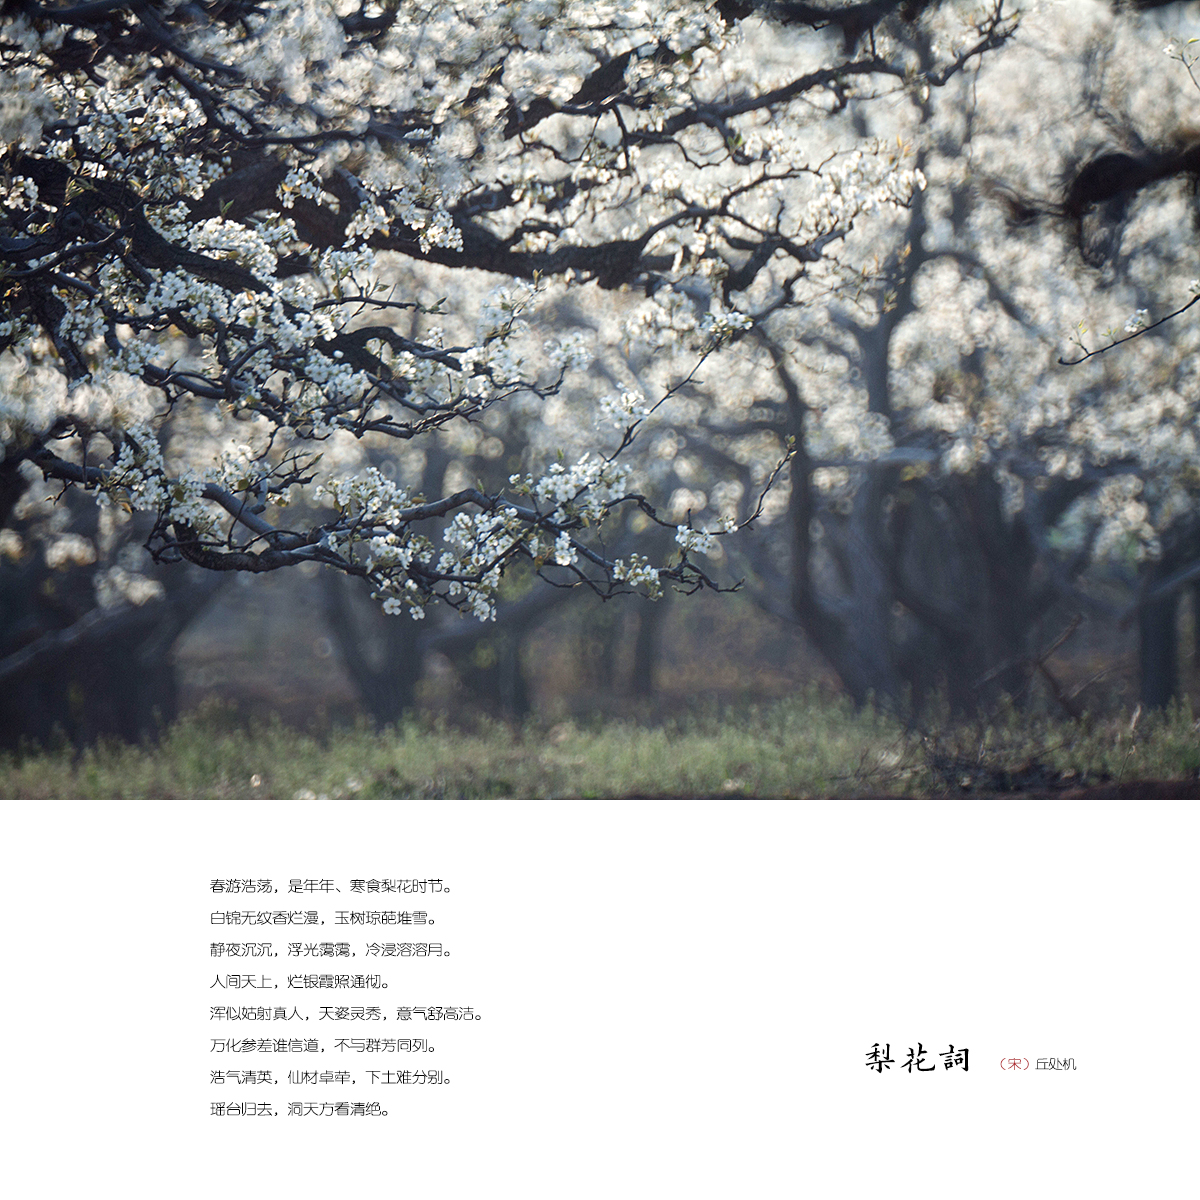
春游浩荡，是年年寒食梨花时节。